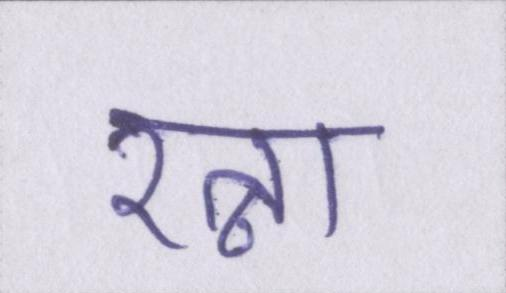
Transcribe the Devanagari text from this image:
रत्ना